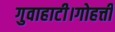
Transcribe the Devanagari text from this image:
गुवाहाटी।गोहत्ती